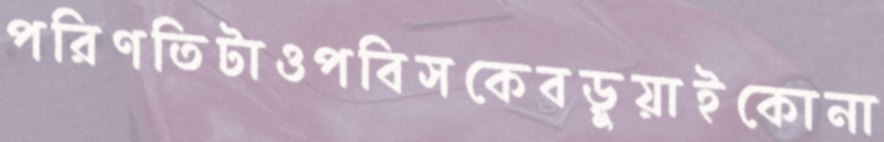
পরিণতিটাওপবিসকেবড়ুয়াইকোনা